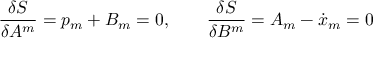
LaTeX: \frac { \delta S } { \delta A ^ { m } } = p _ { m } + B _ { m } = 0 , \qquad \frac { \delta S } { \delta B ^ { m } } = A _ { m } - \dot { x } _ { m } = 0